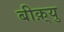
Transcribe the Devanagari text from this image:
बीक़्यु